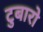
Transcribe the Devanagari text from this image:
टुबारो